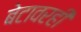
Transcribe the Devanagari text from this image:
बेटावरही